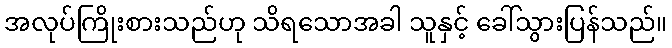
အလုပ်ကြိုးစားသည်ဟု သိရသောအခါ သူနှင့် ခေါ်သွားပြန်သည်။